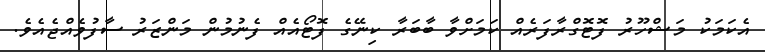
އެކަމަކު މަޝްހޫރު ފޮޓޮގްރާފަރެއް ކަމަށްވާ ބާބަރާ ކިނޭގެ ފޮޓޯއެއް ފެނުމުން މަންޒަރު ސާފުވެއްޖެއެވެ.